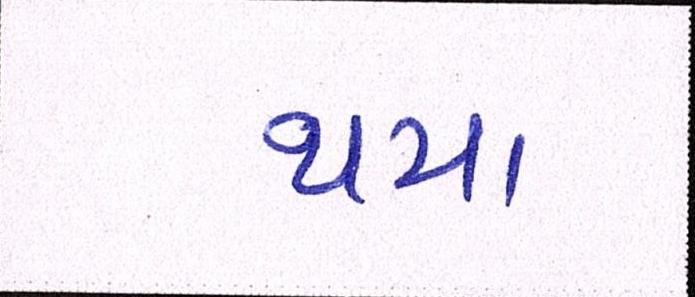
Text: થયા